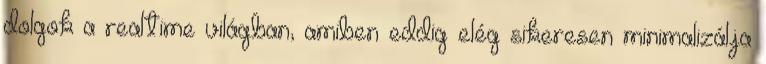
dolgok a realtime világban, amiben eddig elég sikeresen minimalizálja